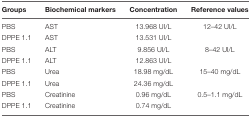
<table><thead><tr><td><b>Groups</b></td><td><b>Biochemical markers</b></td><td><b>Concentration</b></td><td><b>Reference values</b></td></tr></thead><tbody><tr><td>PBS</td><td>AST</td><td>13.968 UI/L</td><td>12–42 UI/L</td></tr><tr><td>DPPE 1.1</td><td>AST</td><td>13.531 UI/L</td><td></td></tr><tr><td>PBS</td><td>ALT</td><td>9.856 UI/L</td><td>8–42 UI/L</td></tr><tr><td>DPPE 1.1</td><td>ALT</td><td>12.863 UI/L</td><td></td></tr><tr><td>PBS</td><td>Urea</td><td>18.98 mg/dL</td><td>15–40 mg/dL</td></tr><tr><td>DPPE 1.1</td><td>Urea</td><td>24.36 mg/dL</td><td></td></tr><tr><td>PBS</td><td>Creatinine</td><td>0.96 mg/dL</td><td>0.5–1.1 mg/dL</td></tr><tr><td>DPPE 1.1</td><td>Creatinine</td><td>0.74 mg/dL</td><td></td></tr></tbody></table>